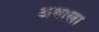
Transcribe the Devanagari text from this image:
अवाला